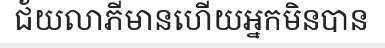
ជ័យលាភីមានហើយអ្នកមិនបាន